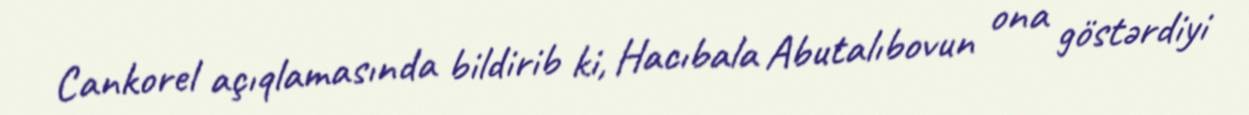
Cankorel açıqlamasında bildirib ki, Hacıbala Abutalıbovun ona göstərdiyi